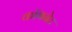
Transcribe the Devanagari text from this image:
कॉगनेट